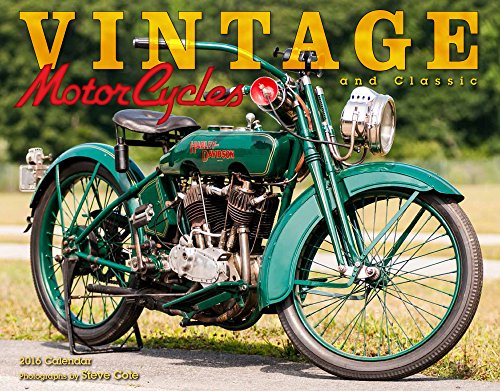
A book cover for Vintage Motorcycles 2016 Calendar 11x14; Steve Cote; Arts & Photography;